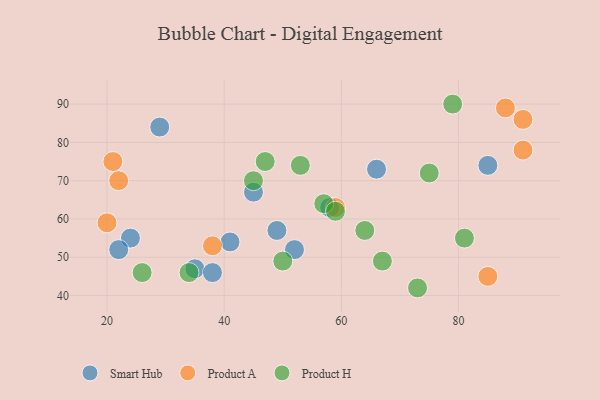
{"axis": {"x": "GDP", "y": "Life Expectancy"}, "legend": ["Product A", "Product H", "Smart Hub"], "data": [{"x": "58", "y": 63, "type": "Smart Hub"}, {"x": "41", "y": 54, "type": "Smart Hub"}, {"x": "85", "y": 74, "type": "Smart Hub"}, {"x": "52", "y": 52, "type": "Smart Hub"}, {"x": "35", "y": 47, "type": "Smart Hub"}, {"x": "49", "y": 57, "type": "Smart Hub"}, {"x": "66", "y": 73, "type": "Smart Hub"}, {"x": "38", "y": 46, "type": "Smart Hub"}, {"x": "24", "y": 55, "type": "Smart Hub"}, {"x": "22", "y": 52, "type": "Smart Hub"}, {"x": "29", "y": 84, "type": "Smart Hub"}, {"x": "45", "y": 67, "type": "Smart Hub"}, {"x": "22", "y": 70, "type": "Product A"}, {"x": "20", "y": 59, "type": "Product A"}, {"x": "91", "y": 86, "type": "Product A"}, {"x": "21", "y": 75, "type": "Product A"}, {"x": "88", "y": 89, "type": "Product A"}, {"x": "85", "y": 45, "type": "Product A"}, {"x": "38", "y": 53, "type": "Product A"}, {"x": "91", "y": 78, "type": "Product A"}, {"x": "59", "y": 63, "type": "Product A"}, {"x": "73", "y": 42, "type": "Product H"}, {"x": "47", "y": 75, "type": "Product H"}, {"x": "34", "y": 46, "type": "Product H"}, {"x": "45", "y": 70, "type": "Product H"}, {"x": "75", "y": 72, "type": "Product H"}, {"x": "64", "y": 57, "type": "Product H"}, {"x": "50", "y": 49, "type": "Product H"}, {"x": "81", "y": 55, "type": "Product H"}, {"x": "53", "y": 74, "type": "Product H"}, {"x": "67", "y": 49, "type": "Product H"}, {"x": "57", "y": 64, "type": "Product H"}, {"x": "59", "y": 62, "type": "Product H"}, {"x": "79", "y": 90, "type": "Product H"}, {"x": "26", "y": 46, "type": "Product H"}]}